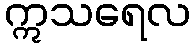
ဣသရေလ